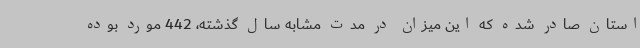
استان صادر شده که این میزان در مدت مشابه سال گذشته، 442 مورد بوده